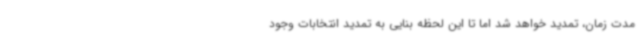
مدت زمان، تمدید خواهد شد اما تا این لحظه بنایی به تمدید انتخابات وجود